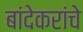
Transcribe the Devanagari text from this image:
बांदेकरांचे